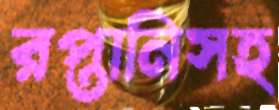
রপ্তানিসহ